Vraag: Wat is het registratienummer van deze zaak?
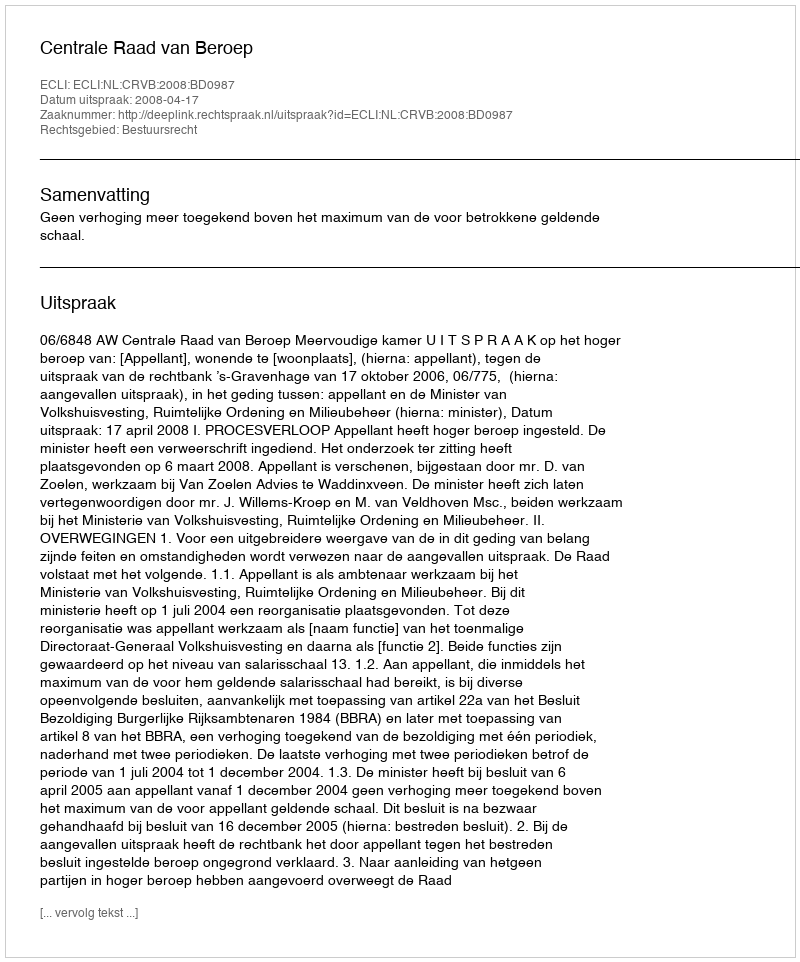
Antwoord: http://deeplink.rechtspraak.nl/uitspraak?id=ECLI:NL:CRVB:2008:BD0987